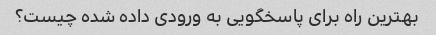
بهترین راه برای پاسخگویی به ورودی داده شده چیست؟